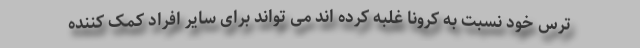
ترس خود نسبت به کرونا غلبه کرده اند می تواند برای سایر افراد کمک کننده